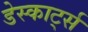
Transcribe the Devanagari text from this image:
डेस्कार्ट्स